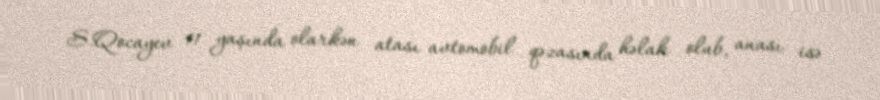
S.Qocayev 11 yaşında olarkən atası avtomobil qəzasında həlak olub, anası isə